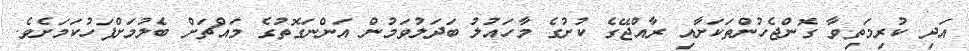
އަދި ކުރިމަތިވާ ގޮންޖެހުންތަކަށާއި ރާއްޖޭގެ ކުށުގެ މާހައުލު ބަދަލުވަމުން އަންނަގޮތުގެ މައްޗަށް ބެލުމަށްފަހުކަމަށެވެ.